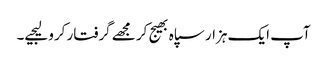
آپ ایک ہزار سپاہ بھیج کر مجھے گرفتار کرو لیجیے۔